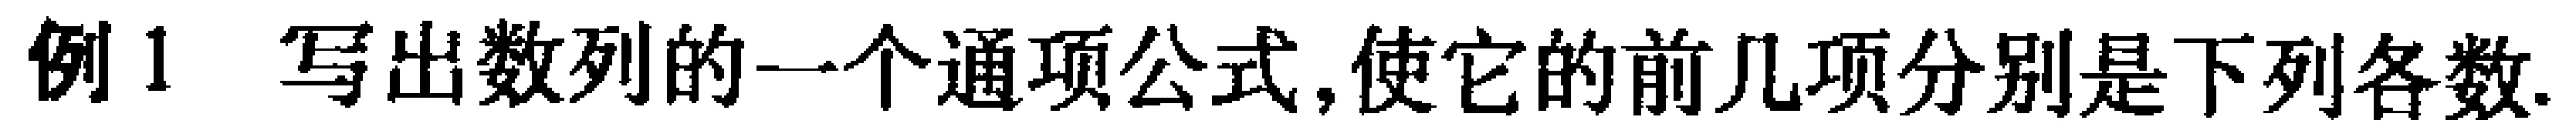
例1 写出数列的一个通项公式,使它的前几项分别是下列各数.